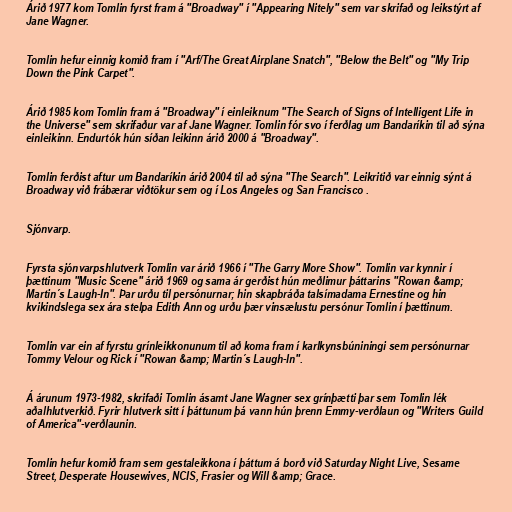
Árið 1977 kom Tomlin fyrst fram á "Broadway" í "Appearing Nitely" sem var skrifað og leikstýrt af
Jane Wagner.

Tomlin hefur einnig komið fram í "Arf/The Great Airplane Snatch", "Below the Belt" og "My Trip
Down the Pink Carpet".

Árið 1985 kom Tomlin fram á "Broadway" í einleiknum "The Search of Signs of Intelligent Life in
the Universe" sem skrifaður var af Jane Wagner. Tomlin fór svo í ferðlag um Bandaríkin til að sýna
einleikinn. Endurtók hún síðan leikinn árið 2000 á "Broadway".

Tomlin ferðist aftur um Bandaríkin árið 2004 til að sýna "The Search". Leikritið var einnig sýnt á
Broadway við frábærar viðtökur sem og í Los Angeles og San Francisco .

Sjónvarp.

Fyrsta sjónvarpshlutverk Tomlin var árið 1966 í "The Garry More Show". Tomlin var kynnir í
þættinum "Music Scene" árið 1969 og sama ár gerðist hún meðlimur þáttarins "Rowan &amp;
Martin´s Laugh-In". Þar urðu til persónurnar; hin skapbráða talsímadama Ernestine og hin
kvikindslega sex ára stelpa Edith Ann og urðu þær vinsælustu persónur Tomlin í þættinum.

Tomlin var ein af fyrstu grínleikkonunum til að koma fram í karlkynsbúniningi sem persónurnar
Tommy Velour og Rick í "Rowan &amp; Martin´s Laugh-In".

Á árunum 1973-1982, skrifaði Tomlin ásamt Jane Wagner sex grínþætti þar sem Tomlin lék
aðalhlutverkið. Fyrir hlutverk sitt í þáttunum þá vann hún þrenn Emmy-verðlaun og "Writers Guild
of America"-verðlaunin.

Tomlin hefur komið fram sem gestaleikkona í þáttum á borð við Saturday Night Live, Sesame
Street, Desperate Housewives, NCIS, Frasier og Will &amp; Grace.